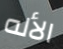
الأله